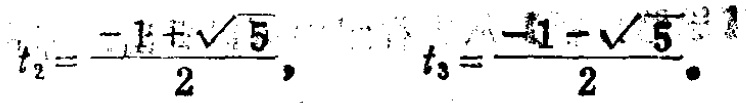
\[t_{2}=\frac{-1 + \sqrt{5}}{2},\quad t_{3}=\frac{-1 - \sqrt{5}}{2}\]